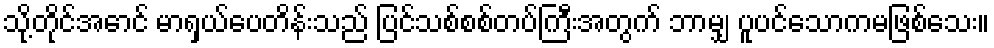
သို့တိုင်အောင် မာရှယ်ပေတိန်းသည် ပြင်သစ်စစ်တပ်ကြီးအတွက် ဘာမျှ ပူပင်သောကမဖြစ်သေး။